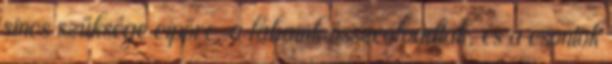
sincs szüksége cipőre, a lábaink összeolvadtak, és a csontok